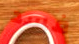
فسد